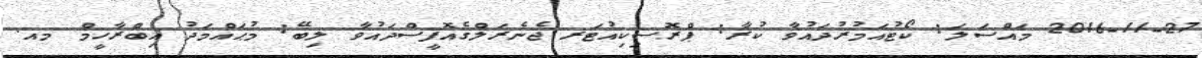
2016-11-27 މައްސަލަ: ކޯޓުއަމުރުދައުވާ ކުރާ: ޕްރޮސިކިއުޓަރ ޖެނެރަލްގެއޮފީސްދައުވާ ލިބޭ: މުޙައްމަދު އިބްރާހީމް މއ.